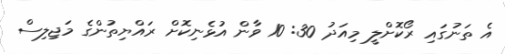
އެ ތަނުގައި ރޯކޮށްލީ މިއަދު 30: 10 ވާން އުޅެނިކޮށް ރައްޔިތުންގެ މަޖިލިސް